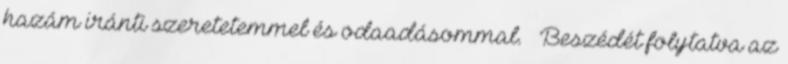
hazám iránti szeretetemmel és odaadásommal. – Beszédét folytatva az